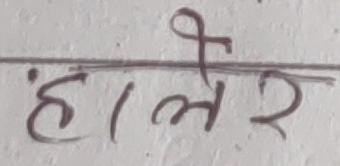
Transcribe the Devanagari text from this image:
हाँलेर